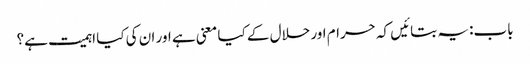
باب: یہ بتائیں کہ حرام اور حلال کے کیا معنی ہے اور ان کی کیا اہمیت ہے؟